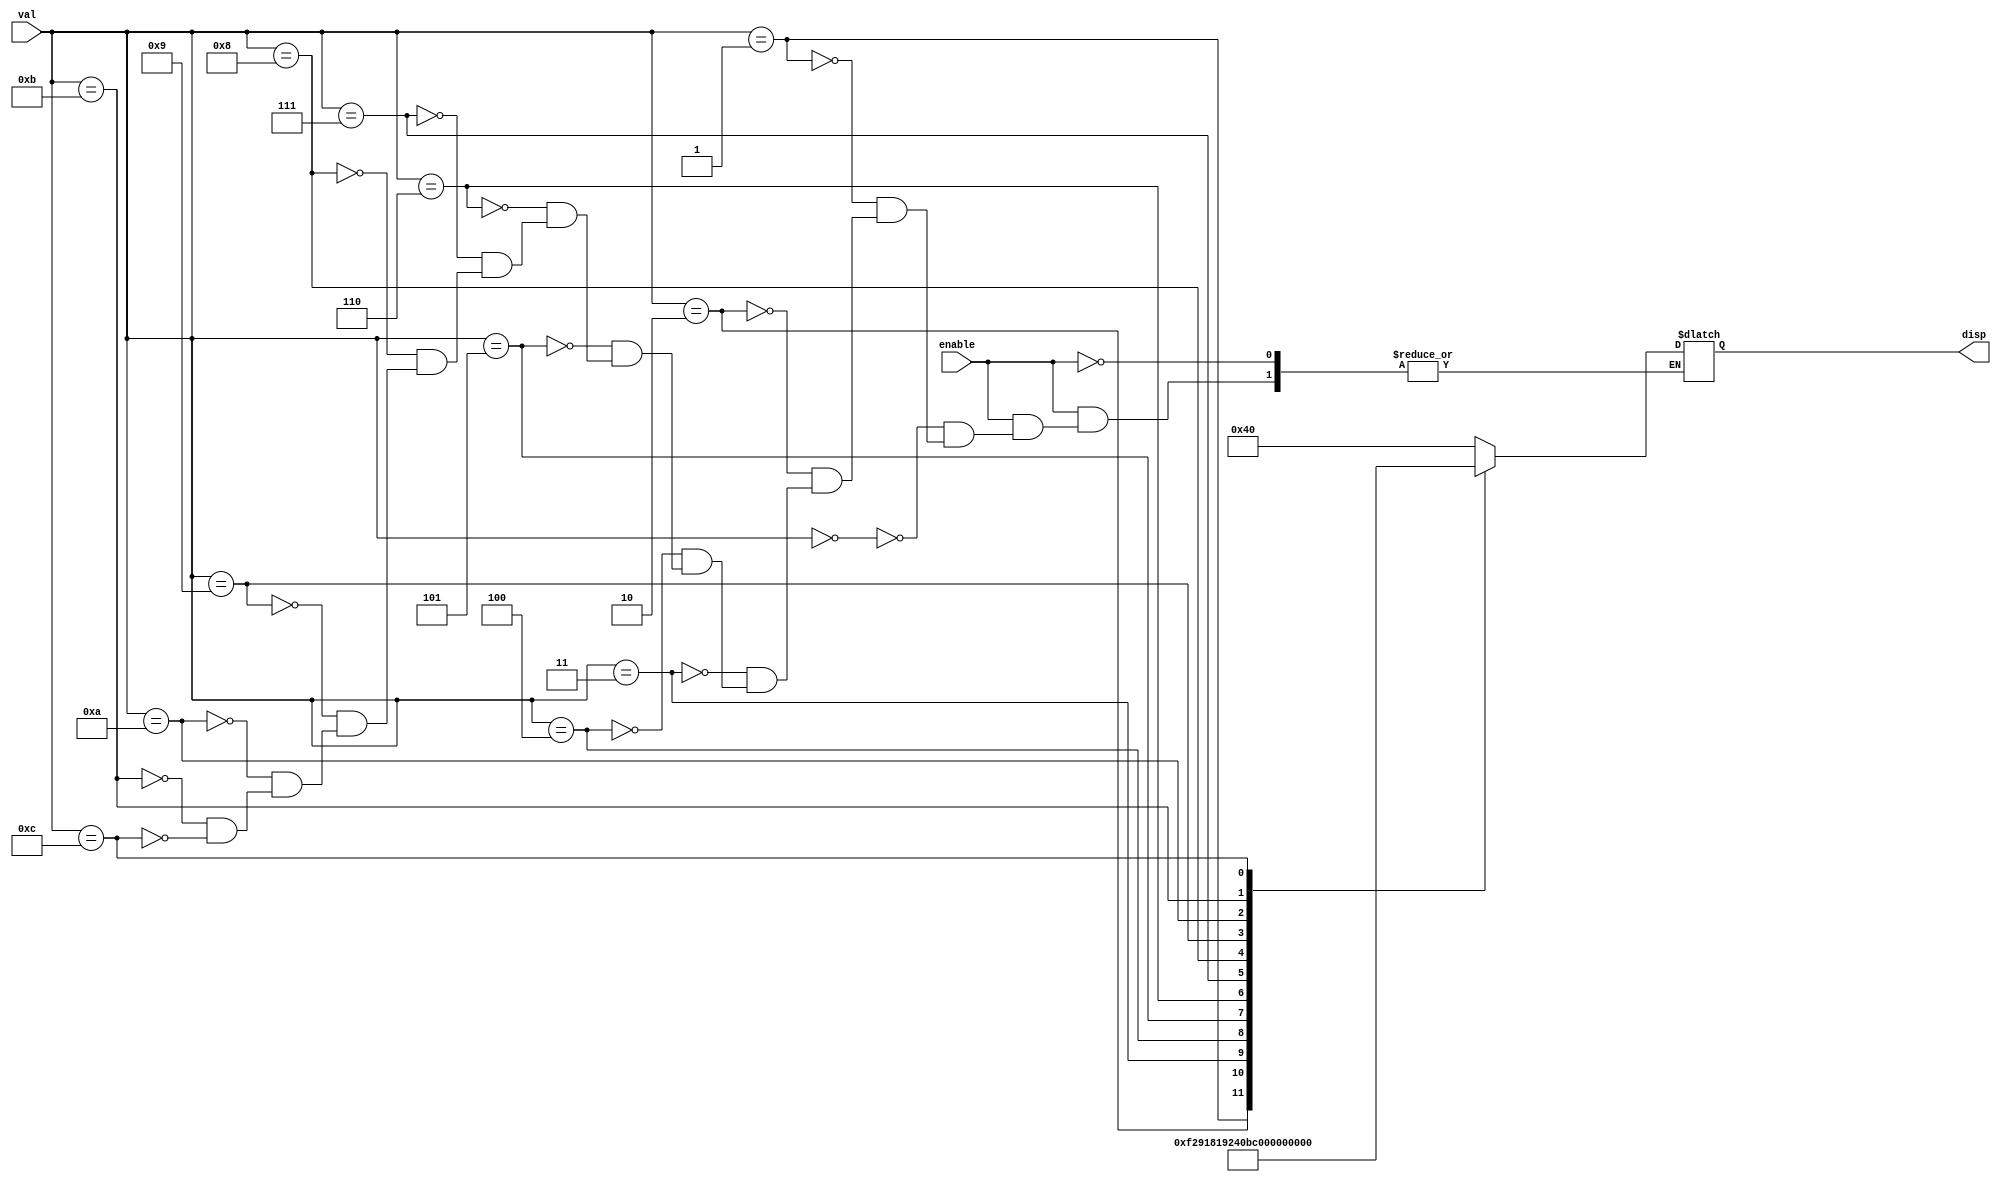
module BCD_decoder(enable, val, disp);
	input enable;
	output reg [6:0]disp;	
	input [3:0] val;

always@*
	begin
		if (enable == 1)
			begin
				case(val)
					4'b0000: disp = 7'b1000000; // 0 or O
					4'b0001: disp = 7'b1111001; //1
					4'b0010: disp = 7'b0100100; //2
					4'b0011: disp = 7'b0110000; //3
					4'b0100: disp = 7'b0011001; //4
					4'b0101: disp = 7'b0010010; //5 or S
					4'b0110: disp = 7'b0000010; //6 or G
					4'b0111: disp = 7'b1111000; //7
					4'b1000: disp = 7'b0000000; //8 or B
					4'b1001: disp = 7'b0011000; //9

					4'b1010: disp = 7'b1111111; // space

					4'b1011: disp = 7'b1000001;// U
					4'b1100: disp = 7'b0001110; // F



				endcase
			end
	end

endmodule